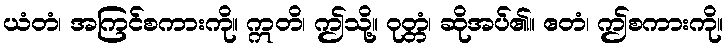
ယံတံ၊ အကြင်စကားကို။ ဣတိ၊ ဤသို့။ ဝုတ္တံ၊ ဆိုအပ်၏။ ဧတံ၊ ဤစကားကို။